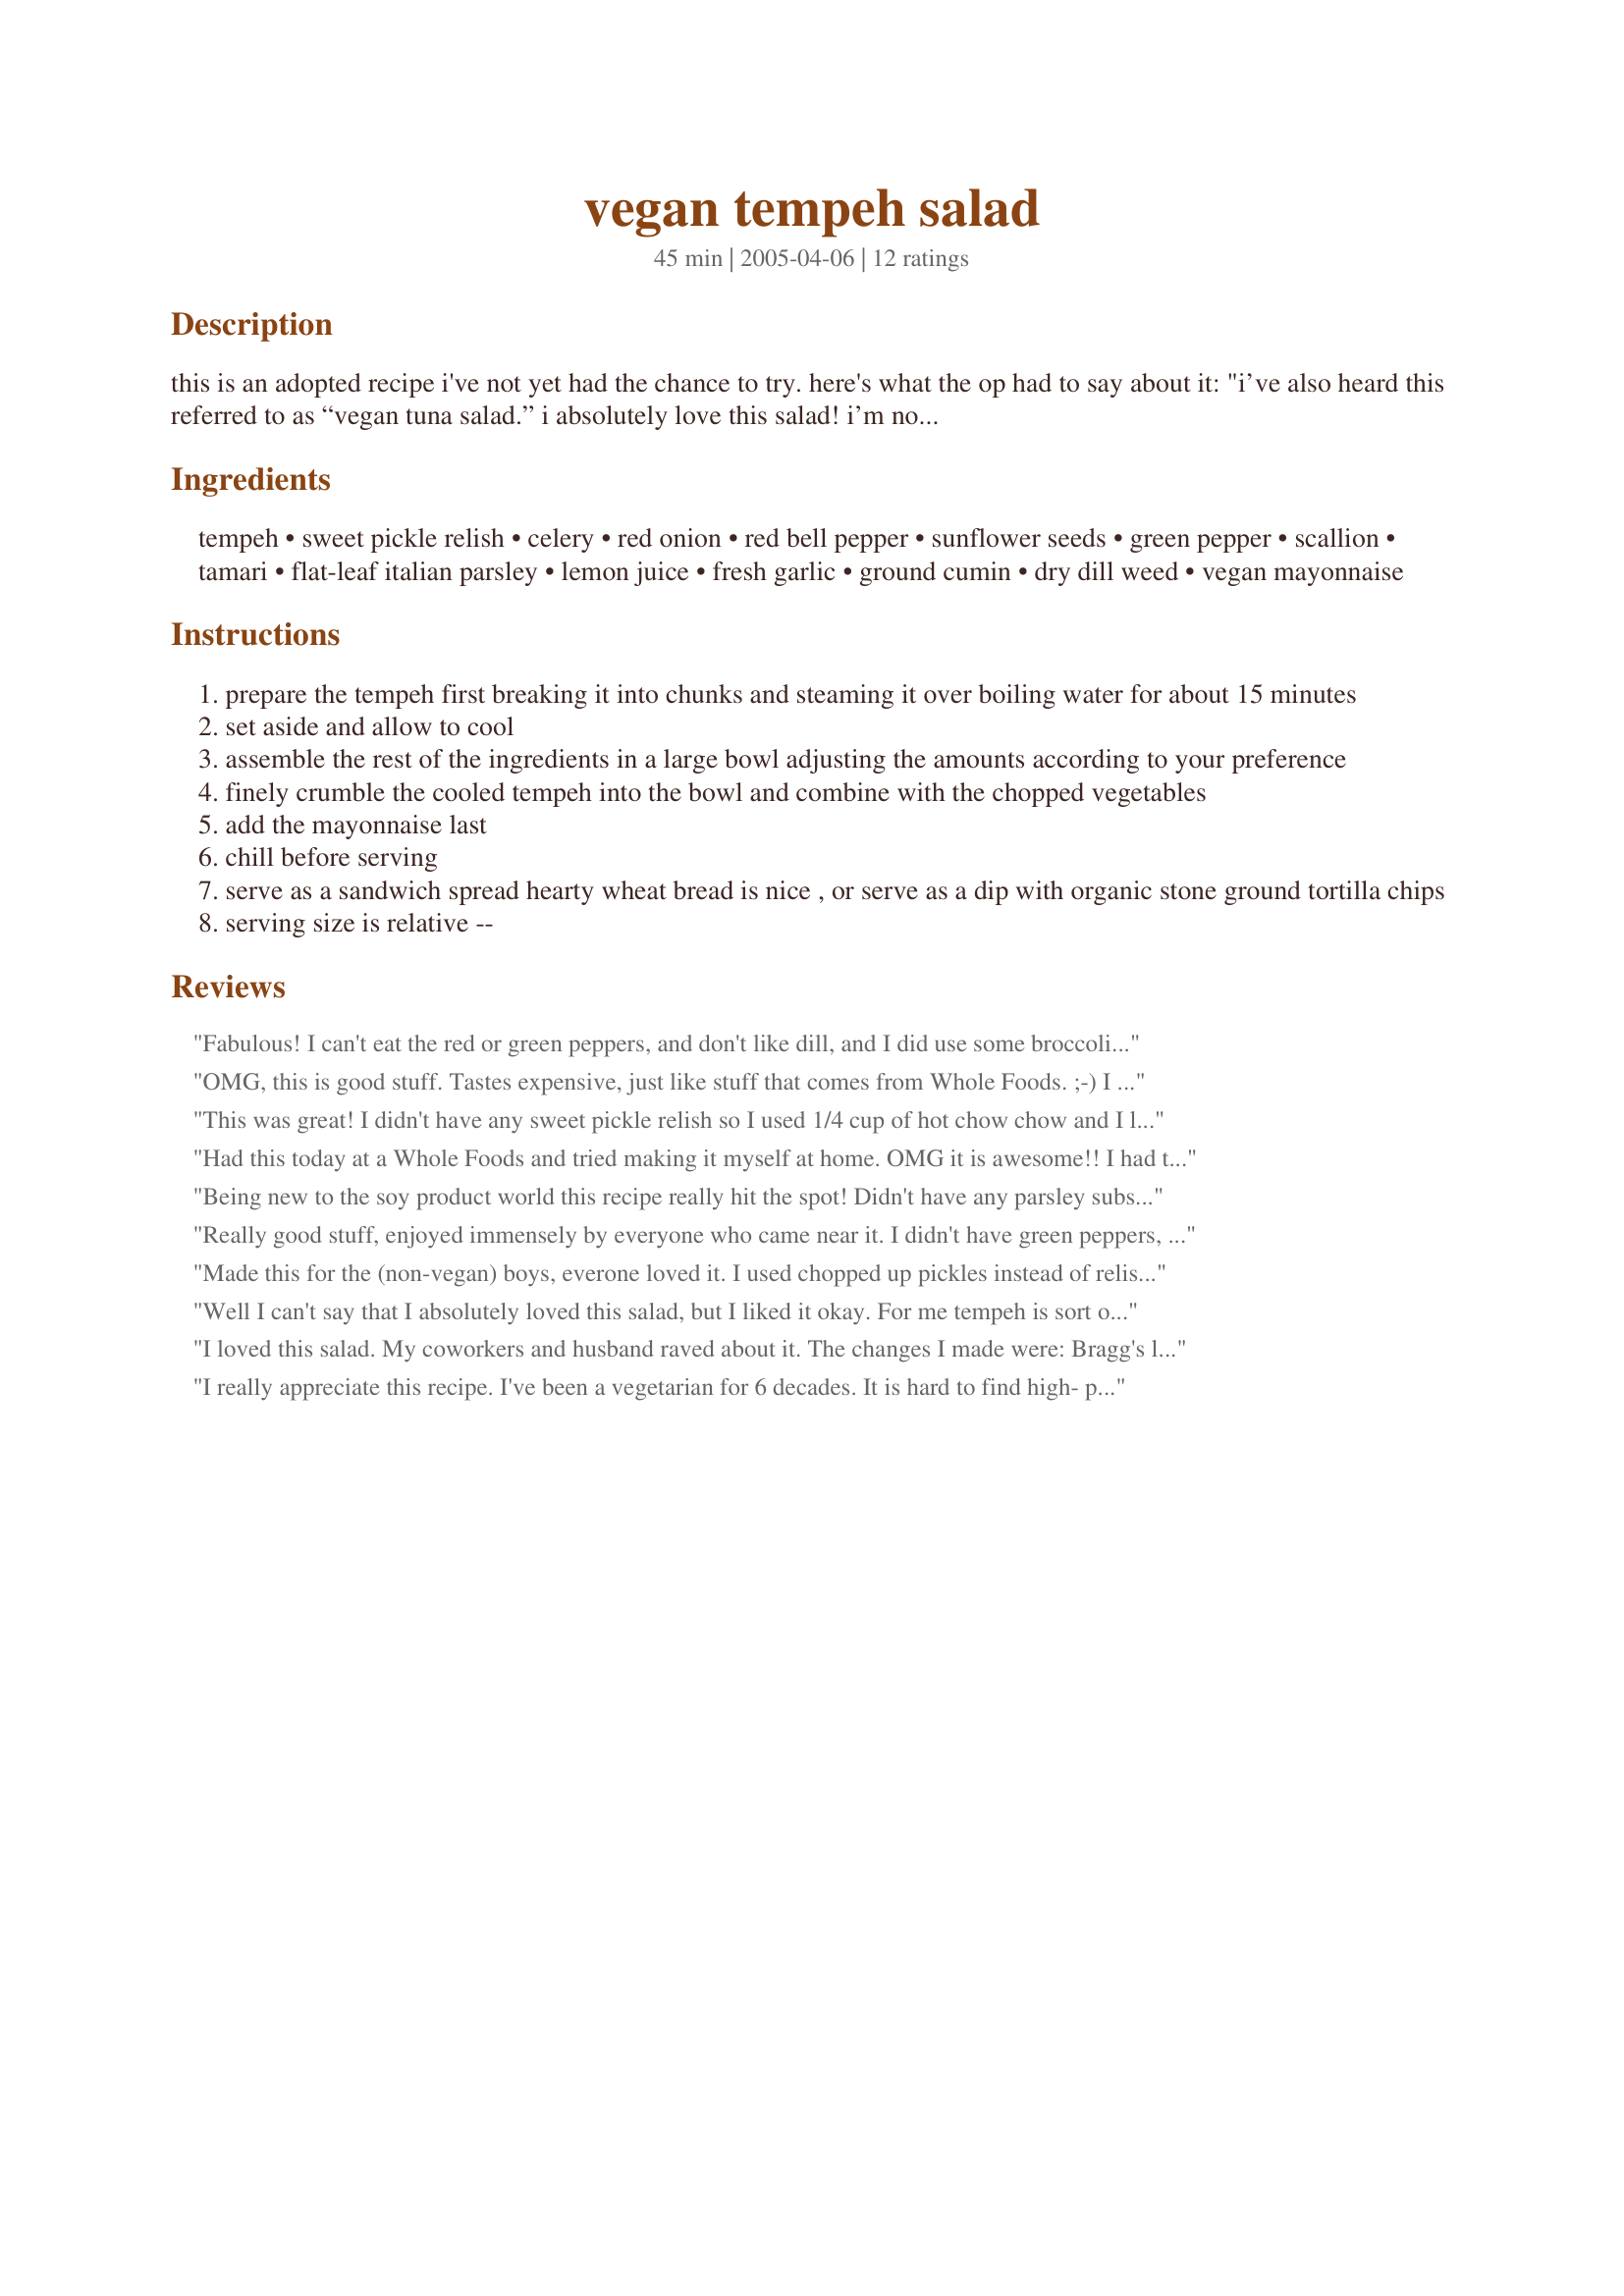
vegan tempeh salad
Preparation time: 45 minutes

this is an adopted recipe i've not yet had the chance to try. here's what the op had to say about it: "i’ve also heard this referred to as “vegan tuna salad.” i absolutely love this salad! i’m not a vegetarian, let alone vegan, but this is fabulous. i've been buying it from whole foods market in their deli section (expensive little 8 ounce containers) so i came up with this by reading the ingredients listed on the container! i love it with tortilla chips..."

Ingredients:
tempeh, sweet pickle relish, celery, red onion, red bell pepper, sunflower seeds, green pepper, scallion, tamari, flat-leaf italian parsley, lemon juice, fresh garlic, ground cumin, dry dill weed, vegan mayonnaise

Steps:
prepare the tempeh first breaking it into chunks and steaming it over boiling water for about 15 minutes
set aside and allow to cool
assemble the rest of the ingredients in a large bowl adjusting the amounts according to your preference
finely crumble the cooled tempeh into the bowl and combine with the chopped vegetables
add the mayonnaise last
chill before serving
serve as a sandwich spread hearty wheat bread is nice , or serve as a dip with organic stone ground tortilla chips
serving size is relative --

Reviews:
Fabulous! I can't eat the red or green peppers, and don't like dill, and I did use some broccoli as suggested by vegangirlinaz, and it is to die for!
OMG, this is good stuff. Tastes expensive, just like stuff that comes from Whole Foods. ;-) I used dry roasted sunflower kernels instead of raw and added a bit of lemon rind to mine. Holy yummyness! Thanks for this awesome recipe!
This was great! I didn't have any sweet pickle relish so I used 1/4 cup of hot chow chow and I left out the lemon juice. I really liked the flavors and crunchiness, but DH was less than excited about it. I guess that leaves more for me. Thanks!
Had this today at a Whole Foods and tried making it myself at home. OMG it is awesome!! I had to substitute fennel for celery and I used only all red bell peppers instead of adding the green peppers. I steamed the tempeh like they said & I thought that brought out the "nutty" flavor of the tempeh, which was great. I also steamed a little broccoli and added it to the salad, for extra color and nutrition. It is an incredible recipe that I can't wait to try over and over again. I think you can use less mayo (veganaise is 9 gms of fat per tablespoon) if you are watching calories/fat too. Next time I won't put so much in. This is great! Very happy with this recipe.
Being new to the soy product world this recipe really hit the spot! Didn't have any parsley substitued finely minced chard, also added grated carrots. Don't leave out the sweet relish. Ate as romaine lettuce wrap with some toasted pieces of 100% rye bread which is really more like Melba Toast. Looking forward to trying the savory chicken salad version.
Really good stuff, enjoyed immensely by everyone who came near it. I didn't have green peppers, so doubled amount of red bell peppers, and don't feel the recipe suffered because of it. Thanks for posting!
Made this for the (non-vegan) boys, everone loved it. I used chopped up pickles instead of relish, and fresh instead of dried dill. I would use less nayo next time, I prefer things a bit on the drier side. Overall though, awesome.
Well I can't say that I absolutely loved this salad, but I liked it okay. For me tempeh is sort of an acquired taste and I guess I haven't completely acquired it yet! Tempeh has a very assertive flavor and it comes through very strongly in this salad. Julie, have you tried the barebcued tempeh salad at Wild Oats? Now I do love that one. The barbecue flavor stands up to the tempeh very well. Thanks for posting this recipe Julie. Now I will have to go to Whole Foods and try their version.
I loved this salad. My coworkers and husband raved about it. The changes I made were: Bragg's liquid aminos instead of tamari, homemade mayonaise made with Safflower and flax oil, used the green part of the scallion, and omitted the relish. I served it over fresh baby spinach. It made for a very healthy and easy dinner!
I really appreciate this recipe. I've been a vegetarian for 6 decades. It is hard to find high- protein low-carb vegan recipes. I find the mayo proportion way too high, and (after making) I doubled all other ingredients. I used pine nuts instead of sunflower seeds, added pimentos, and left out the pickle relish. I used Tellicherry peppercorns. I have always tried to duplicate Whole Foods eggless Tofu egg salad, and I did not know this steaming trick with tofu and tempeh. Thanks a million, great &quot;tweakable&quot; recipe.
Very nice. I used wild rice tempeh and browned it first. I also cooked the onion, peppers, and garlic a bit the second time which I liked much better than the raw. I wasn't too worried about the 'tuna' part because there is no way unless you make calm not clam tempeh it is even going to taste like seafood and I hate fish. I was satisfied with it. Not exceptional but nice and I liked it.
This was fantastic!! We thought it was kind of a cross between a fake tuna salad and a fake chicken salad. I was feeling lazy, so I just crumbled the tempeh into a Ziploc steamer bag, added a little water, and threw in the microwave for 4 minutes (I cut the recipe in half though). Then threw the whole bag in the freezer while I prepped everything else, leaving out the peppers out of personal preference. By the time that was done, the tempeh was cool and I mixed everything - put in the fridge while we walked the dog and it was ready by the time we got home. We made sandwiches out of this on toasted sourdough bread with some romaine lettuce from our garden. We will definitely make it again! Thanks for sharing!
